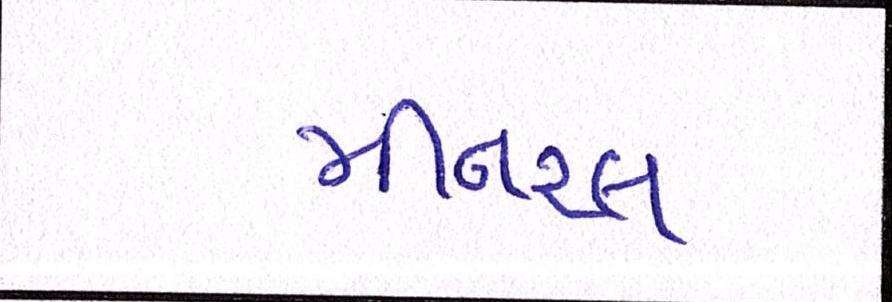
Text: મીનરલ